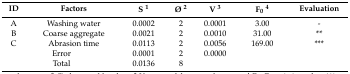
<table><thead><tr><td><b>ID</b></td><td><b>Factors</b></td><td><b>S <sup>1</sup></b></td><td><b>Ø <sup>2</sup></b></td><td><b>V <sup>3</sup></b></td><td><b>F<sub>0</sub><sup>4</sup></b></td><td><b>Evaluation</b></td></tr></thead><tbody><tr><td>A</td><td>Washing water</td><td>0.0002</td><td>2</td><td>0.0001</td><td>3.00</td><td>-</td></tr><tr><td>B</td><td>Coarse aggregate</td><td>0.0021</td><td>2</td><td>0.0010</td><td>31.00</td><td>**</td></tr><tr><td>C</td><td>Abrasion time</td><td>0.0113</td><td>2</td><td>0.0056</td><td>169.00</td><td>***</td></tr><tr><td colspan="2">Error</td><td>0.0001</td><td>2</td><td>0.0000</td><td></td><td></td></tr><tr><td colspan="2">Total</td><td>0.0136</td><td>8</td><td></td><td></td><td></td></tr></tbody></table>